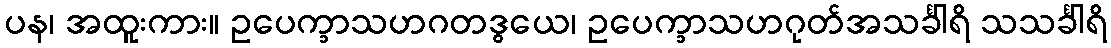
ပန၊ အထူးကား။ ဥပေက္ခာသဟဂတဒွယေ၊ ဥပေက္ခာသဟဂုတ်အသင်္ခါရိ သသင်္ခါရိ